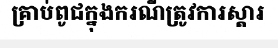
គ្រាប់ពូជក្នុងករណីត្រូវការស្តារ